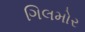
ગિલમોર